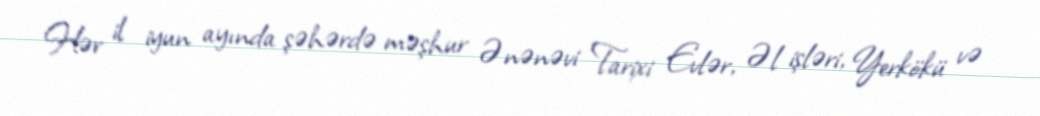
Hər il iyun ayında şəhərdə məşhur Ənənəvi Tarixi Evlər, Əl işləri, Yerkökü və